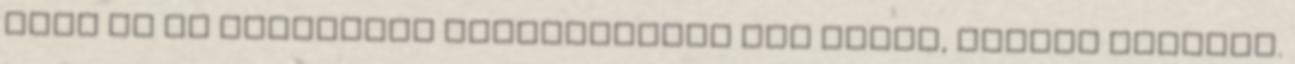
hogy az Úr oltáránál emlékezzetek meg rólam, bárhol lesztek.